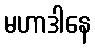
မဟာဒါနေ